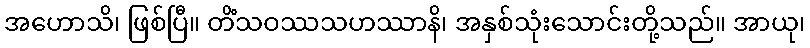
အဟောသိ၊ ဖြစ်ပြီ။ တိံသဝဿသဟဿာနိ၊ အနှစ်သုံးသောင်းတို့သည်။ အာယု၊